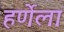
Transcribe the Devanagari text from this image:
हर्णेला